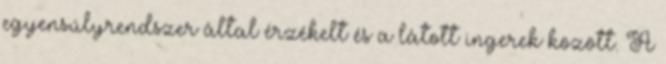
egyensúlyrendszer által érzékelt és a látott ingerek között. A